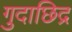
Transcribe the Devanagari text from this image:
गुदाछिद्र